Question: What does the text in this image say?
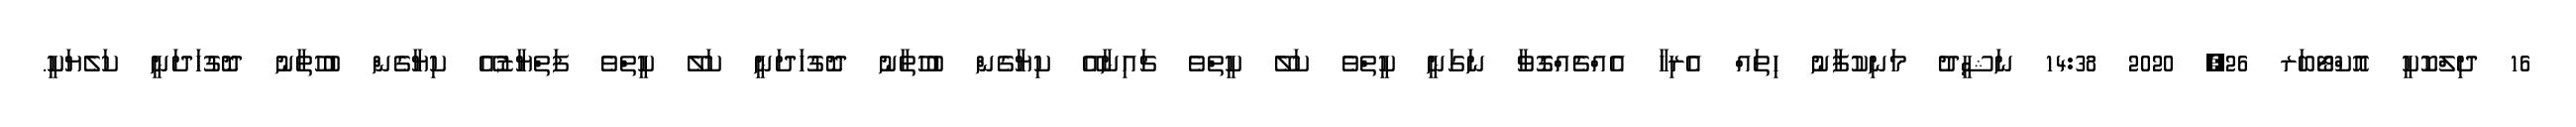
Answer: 16 ދިލްކޮކީ އޮކްޓޯބަރ 26, 2020 14:38 ނަޝީދު މަނިކުފާނު ހިތައް އެރިހާ އެއްޗެއްގޮވާ ނަގަނީ ކީތްވެ ކަލޭ ކީތްވެ ޗައިނާއޭ ކިޔާގެން ބުހުތާނު ދޮގުހަދަނީ ކަލޭ ކީތްވެ ފަތްޔާޒުއޭ ކިޔާގެން ބުހުތާނު ދޮގުހަދަނީ ކަލެޔަކީ.